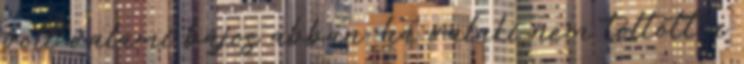
volt valami bájos abban, ha valaki nem töltött a